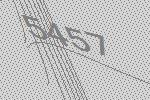
5457